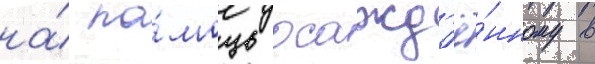
на́ по́мощь осажд'ё́нному в